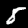
Label: 8